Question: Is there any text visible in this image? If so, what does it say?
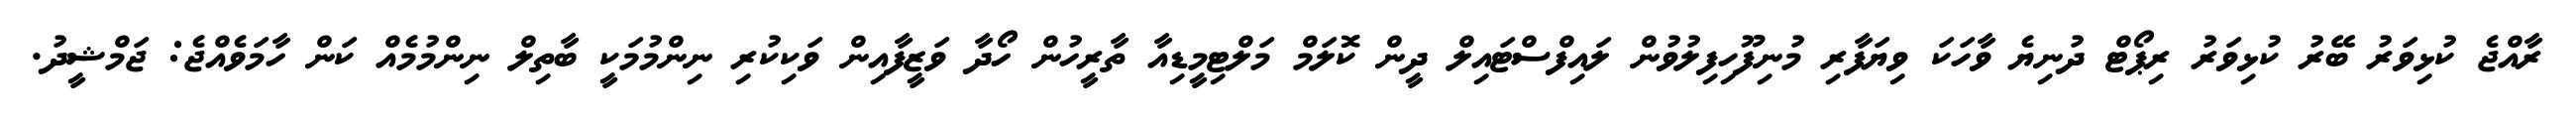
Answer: ރާއްޖެ ކުޅިވަރު ބޭރު ކުޅިވަރު ރިޕޯޓް ދުނިޔެ ވާހަކަ ވިޔަފާރި މުނިފޫހިފިލުވުން ލައިފްސްޓައިލް ދީން ކޮލަމް މަލްޓިމީޑިއާ ތާރީހުން ހޯދާ ވަޒީފާއިން ވަކިކުރި ނިންމުމަކީ ބާތިލް ނިންމުމެއް ކަން ހާމަވެއްޖެ: ޖަމްޝީދު.